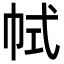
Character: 𢂑